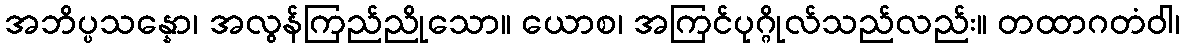
အဘိပ္ပသန္နော၊ အလွန်ကြည်ညိုသော။ ယောစ၊ အကြင်ပုဂ္ဂိုလ်သည်လည်း။ တထာဂတံဝါ၊